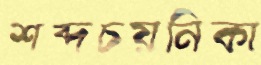
শব্দচয়নিকা